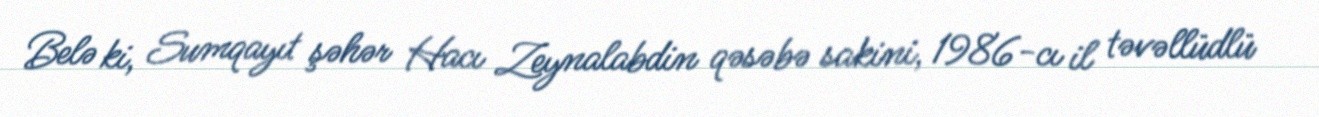
Belə ki, Sumqayıt şəhər Hacı Zeynalabdin qəsəbə sakini, 1986-cı il təvəllüdlü